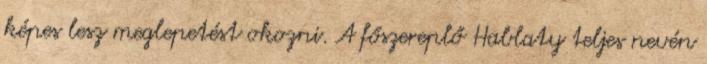
képes lesz meglepetést okozni. A főszereplő Hablaty teljes nevén